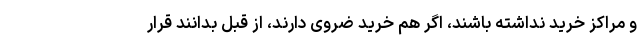
و مراکز خرید نداشته باشند، اگر هم خرید ضروی دارند، از قبل بدانند قرار